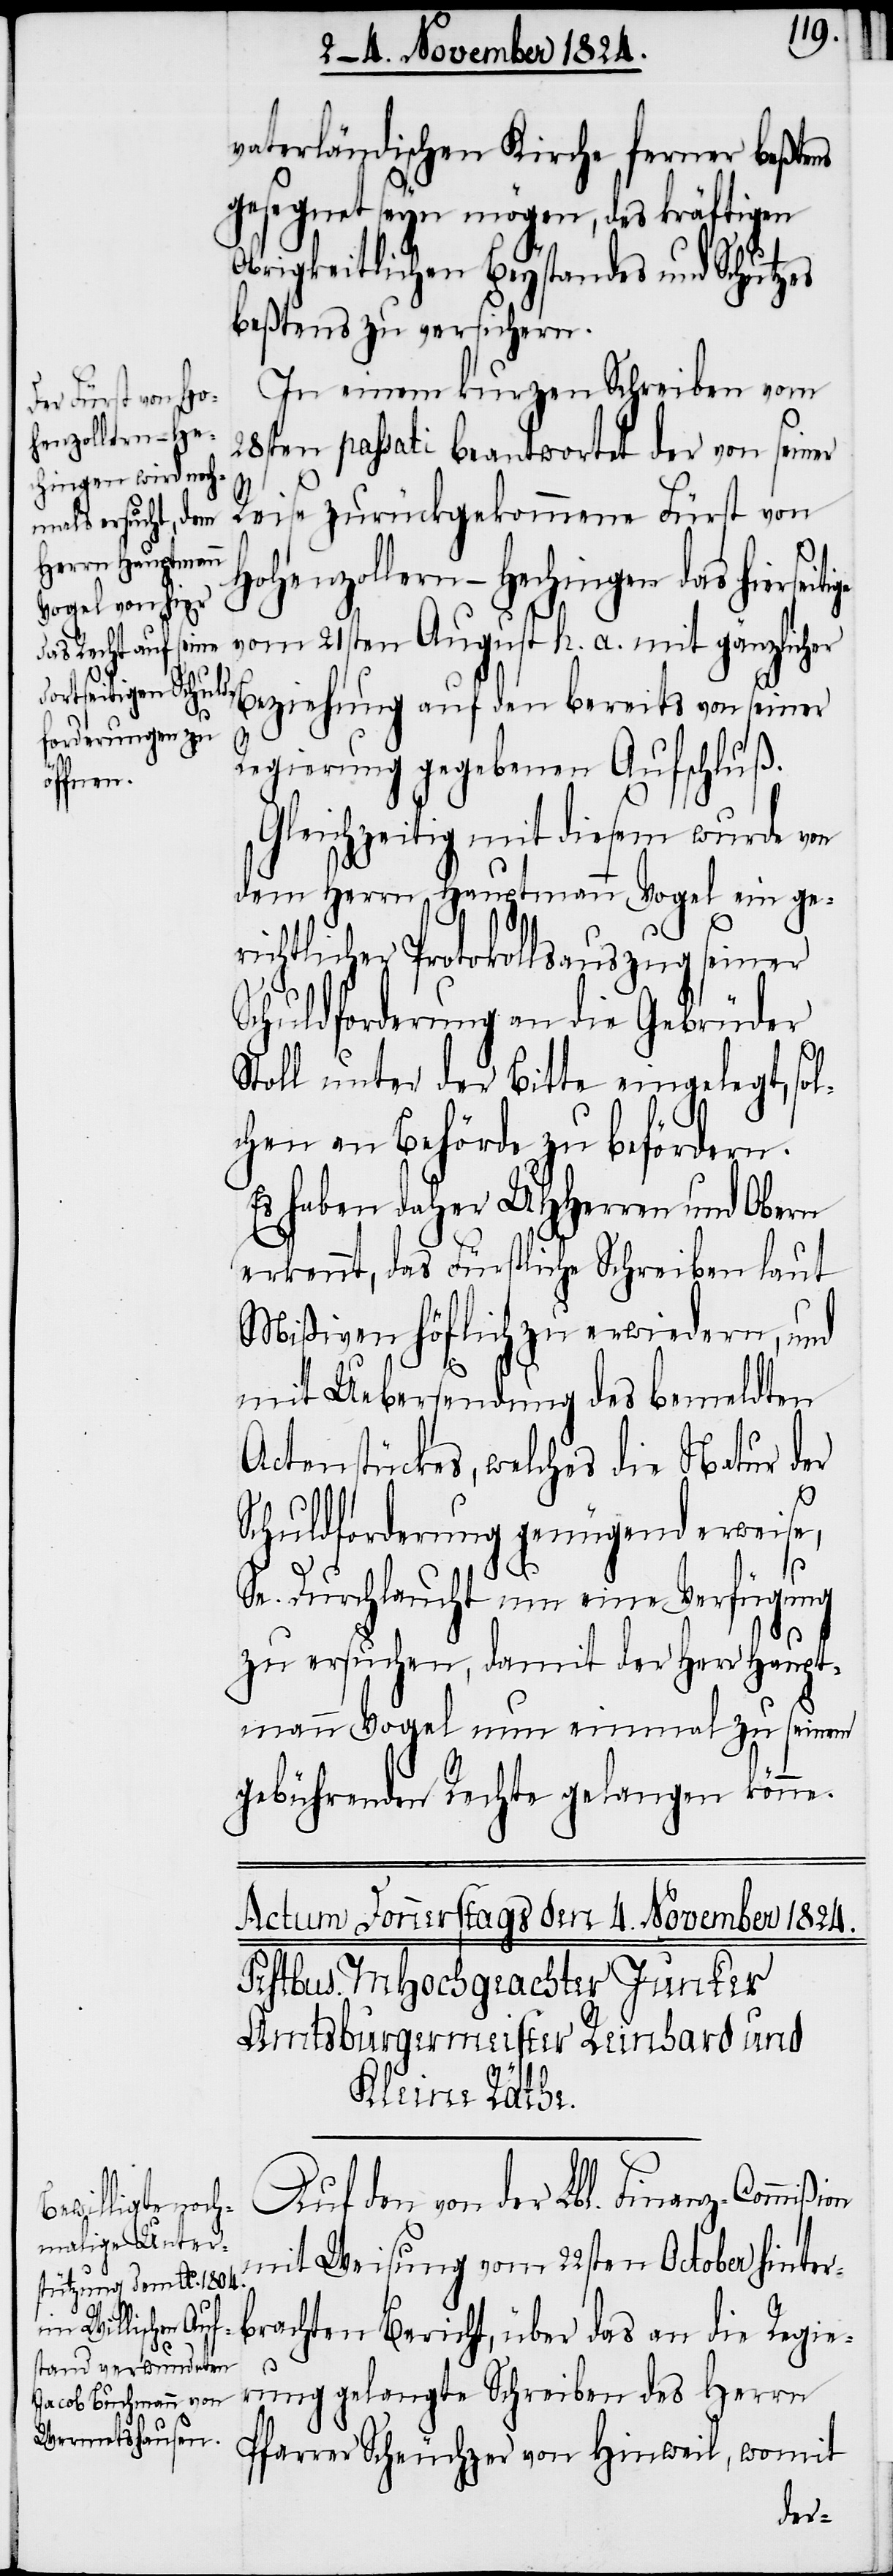
vaterländischen Kirche ferner beßtens
gesegnet seyn mögen, des kräftigen
obrigkeitlichen Beystandes und Schutzes
beßtens zu versichern.
In einem kurzen Schreiben vom
28sten passati beantwortet der von seiner
on
Reise zurückgekommene Fürst von
Hohenzollern-Hechingen das hiersei¬
vom 21sten August h. a. mit gänzlicher
Beziehung auf den bereits von seiner
Regierung gegebenen Aufschluß.
Gleichzeitig mit diesem wurde von
dem Herrn Hauptmann Vogel ein ge¬
tige
richtlicher Protokollsauszug seiner
Schuldforderung an die Gebrüder
Stoll unter der Bitte eingelegt, sol¬
chen an Behörde zu befördern.
Es haben daher UHHerren und Obern
erkennt, das Fürstliche Schreiben laut
Mißiven höflich zu erwiedern, und
mit Uebersendung des bemeldten
Actenstückes, welches die Natur der
Schuldforderung genügend erweise,
Se. Durchlaucht um eine Verfügung
zu ersuchen, damit der Herr Haupt¬
mann Vogel nun einmal zu seinem
gebührenden Rechte gelangen könne.
Auf den von der Lbl. Finanz-Commißi¬
mit Weisung vom 22sten October hinter¬
brachten Bericht über das an die Regie¬
rung gelangte Schreiben des Herrn
Pfarrer Scheuchzer von Hinweil, womit